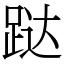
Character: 跶